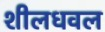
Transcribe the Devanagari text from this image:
शीलधवल